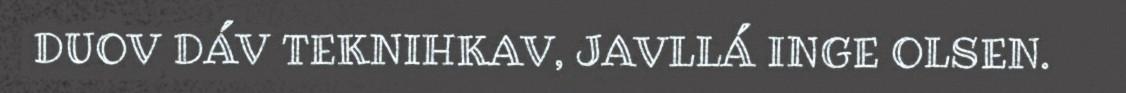
DUOV DÁV TEKNIHKAV, JAVLLÁ INGE OLSEN.